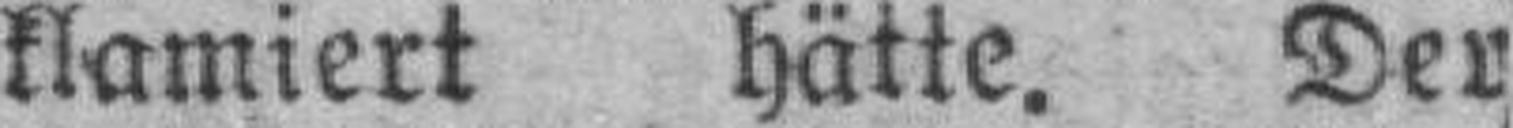
klamiert hätte. Der